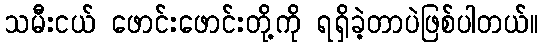
သမီးငယ် ဖောင်းဖောင်းတို့ကို ရရှိခဲ့တာပဲဖြစ်ပါတယ်။